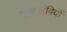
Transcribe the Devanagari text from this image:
जलखंबियों